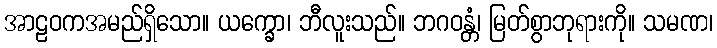
အာဠဝကအမည်ရှိသော။ ယက္ခော၊ ဘီလူးသည်။ ဘဂဝန္တံ၊ မြတ်စွာဘုရားကို။ သမဏ၊